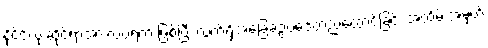
နိုင်ငံလုံးဆိုင်ရာအားလပ်ရက် ဖြစ်ပြီး လက်ရှိအခြေခံဥပဒေတည်ထောင်ခြင်း အထိမ်းအမှတ်